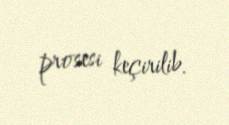
prosesi keçirilib.